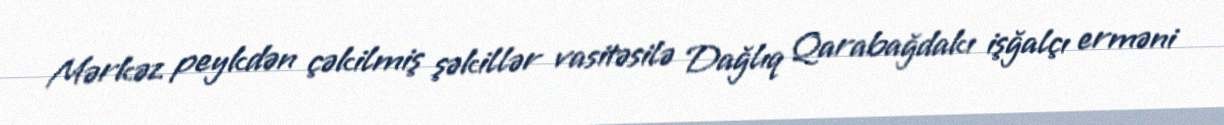
Mərkəz peykdən çəkilmiş şəkillər vasitəsilə Dağlıq Qarabağdakı işğalçı erməni